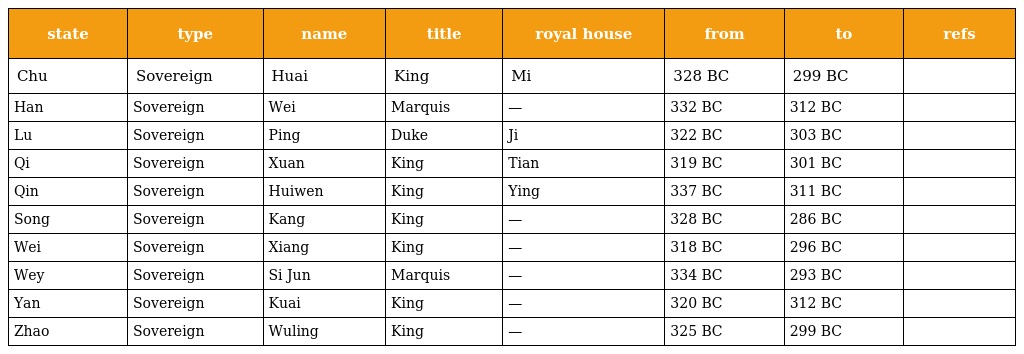
| state | type | name | title | royal house | from | to | refs |
 | --- | --- | --- | --- | --- | --- | --- | --- |
 | Chu | Sovereign | Huai | King | Mi | 328 BC | 299 BC |  |
 | Han | Sovereign | Wei | Marquis | — | 332 BC | 312 BC |  |
 | Lu | Sovereign | Ping | Duke | Ji | 322 BC | 303 BC |  |
 | Qi | Sovereign | Xuan | King | Tian | 319 BC | 301 BC |  |
 | Qin | Sovereign | Huiwen | King | Ying | 337 BC | 311 BC |  |
 | Song | Sovereign | Kang | King | — | 328 BC | 286 BC |  |
 | Wei | Sovereign | Xiang | King | — | 318 BC | 296 BC |  |
 | Wey | Sovereign | Si Jun | Marquis | — | 334 BC | 293 BC |  |
 | Yan | Sovereign | Kuai | King | — | 320 BC | 312 BC |  |
 | Zhao | Sovereign | Wuling | King | — | 325 BC | 299 BC |  |